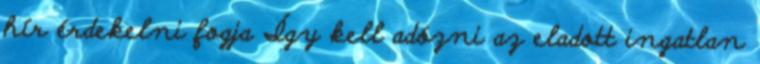
hír érdekelni fogja Így kell adózni az eladott ingatlan